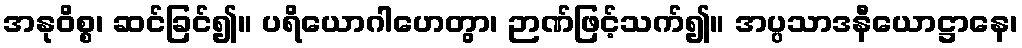
အနုဝိစ္စ၊ ဆင်ခြင်၍။ ပရိယောဂါဟေတွာ၊ ဉာဏ်ဖြင့်သက်၍။ အပ္ပသာဒနီယောဋ္ဌာနေ၊